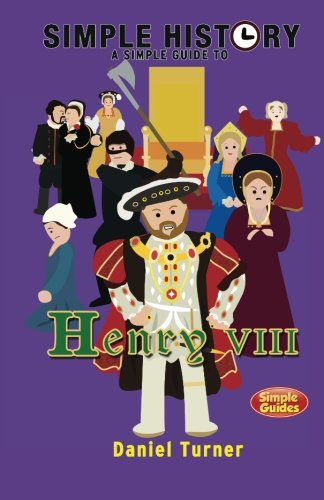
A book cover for Simple History: A simple guide to Henry VIII; Daniel Turner; Children's Books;